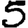
Digit: 5